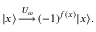
| x \rangle \, { \overset { U _ { \omega } } { \longrightarrow } } \, ( - 1 ) ^ { f ( x ) } | x \rangle .